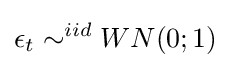
\epsilon _{t}\sim ^{iid}WN(0;1)